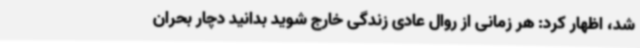
شد، اظهار کرد: هر زمانی از روال عادی زندگی خارج شوید بدانید دچار بحران